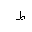
Letter: _da